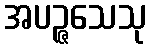
အပဉ္ဇသေသု